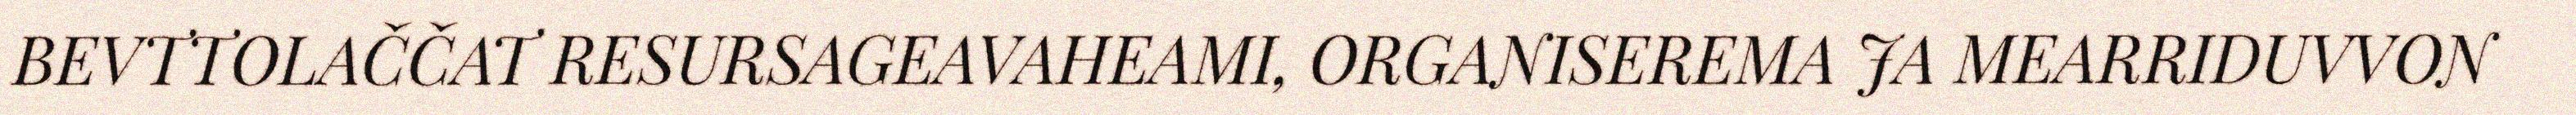
BEVTTOLAČČAT RESURSAGEAVAHEAMI, ORGANISEREMA JA MEARRIDUVVON